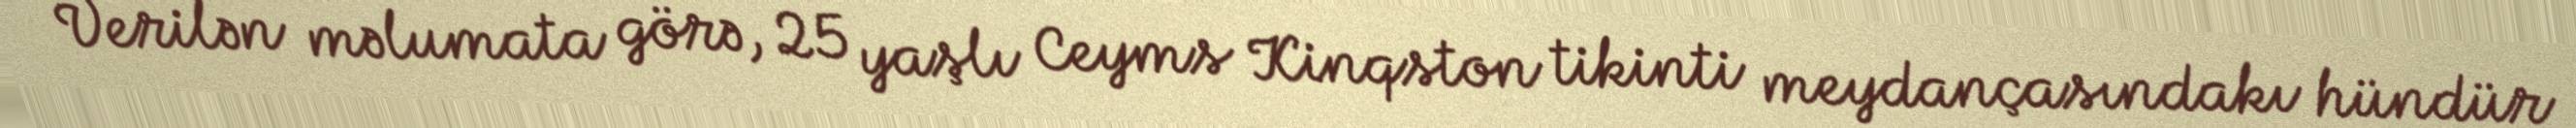
Verilən məlumata görə, 25 yaşlı Ceyms Kinqston tikinti meydançasındakı hündür